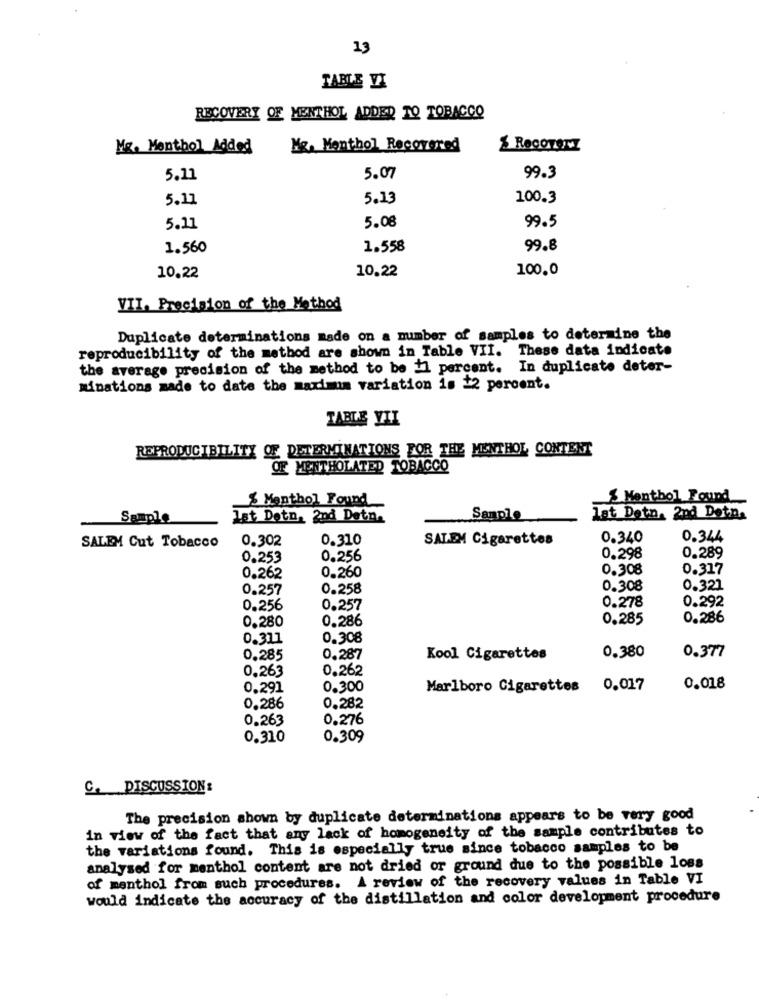
13
TABLE VI
RECOVERY OF MENTHOL ADDED TO TOBACCO
Mg. Menthol Added
Mg. Menthol Recovered
$ RecoverZ
5.11
5.07
99.3
5.11
5.13
100.3
5.11
5.08
99.5
1.560
1.558
99.8
10.22
100.0
10.22
VII. Precision of the Method
Duplicate determinations made on a number of samples to determine the
reproducibility of the method are shown in Table VII. These data indicate
the average precision of the method to be +1 percent. In duplicate deter-
minations made to date the maximum variation is #2 percent.
TABLE VIL
REPRODUCIBILITY OF DETERMINATIONS FOR THE MENTHOL CONTENT
OF MENTHOLATED TOBACCO
% Menthol Found
Menthol Found
Sample
Ist Detn, 2nd Detn.
Sample
lat Detn. 2nd Dotn.
0.302
0.310
SALEM Cigarettes
0.340
0.344
SALEM Cut Tobacco
0.253
0.256
0.298
0.289
0.308
0.317
0.262
0.260
0.257
0.258
0.308
0.321
0.278
0.292
0.256
0.257
0.280
0.286
0.285
0.286
0.311
0.308
0.377
0.285
0.287
Kool Cigarettes
0.380
0.263
0.262
0.291
0.300
Marlboro Cigarettes 0.017
0.018
0.286
0.282
0.263
0.276
0.310
0.309
C. DISCUSSION:
The precision shown by duplicate determinations appears to be very good
in view of the fact that any lack of homogeneity of the sample contributes to
the variations found. This is especially true since tobacco samples to be
analysed for menthol content are not dried or ground due to the possible loss
of menthol from such procedures. A review of the recovery values in Table VI
would indicate the accuracy of the distillation and color development procedure